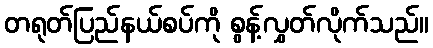
တရုတ်ပြည်နယ်စပ်ကို စွန့်လွှတ်လိုက်သည်။